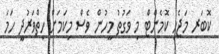
ކޮބަރ މަޖެހި ކޮމެންޓް މި ވަގުތު މީހުން ވެސް މިކަމަށް ހިތްވަރުދީ ހަމަ